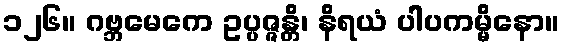
၁၂၆။ ဂဗ္ဘမေကေ ဥပ္ပဇ္ဇန္တိ၊ နိရယံ ပါပကမ္မိနော။